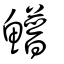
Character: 䲕